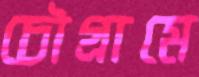
চৌগ্রামে